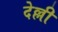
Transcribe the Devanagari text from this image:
देल्ली